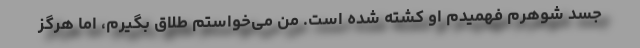
جسد شوهرم فهمیدم او کشته شده است. من می‌خواستم طلاق بگیرم، اما هرگز